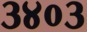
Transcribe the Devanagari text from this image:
३४०३